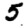
Digit: 5